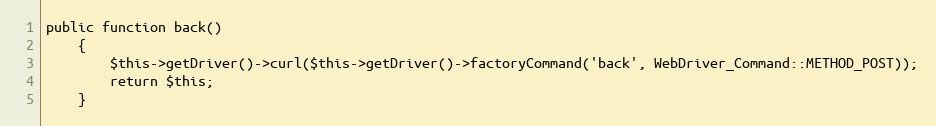
Language: PHP
public function back()
    {
        $this->getDriver()->curl($this->getDriver()->factoryCommand('back', WebDriver_Command::METHOD_POST));
        return $this;
    }